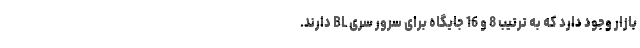
بازار وجود دارد که به ترتیب 8 و 16 جایگاه برای سرور سری BL دارند.